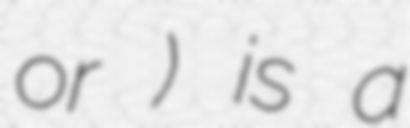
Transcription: or 日出志) is a